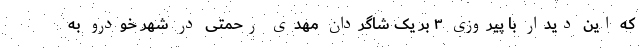
که این دیدار با پیروزی ۳ بر یک شاگردان مهدی رحمتی در شهر خودرو به